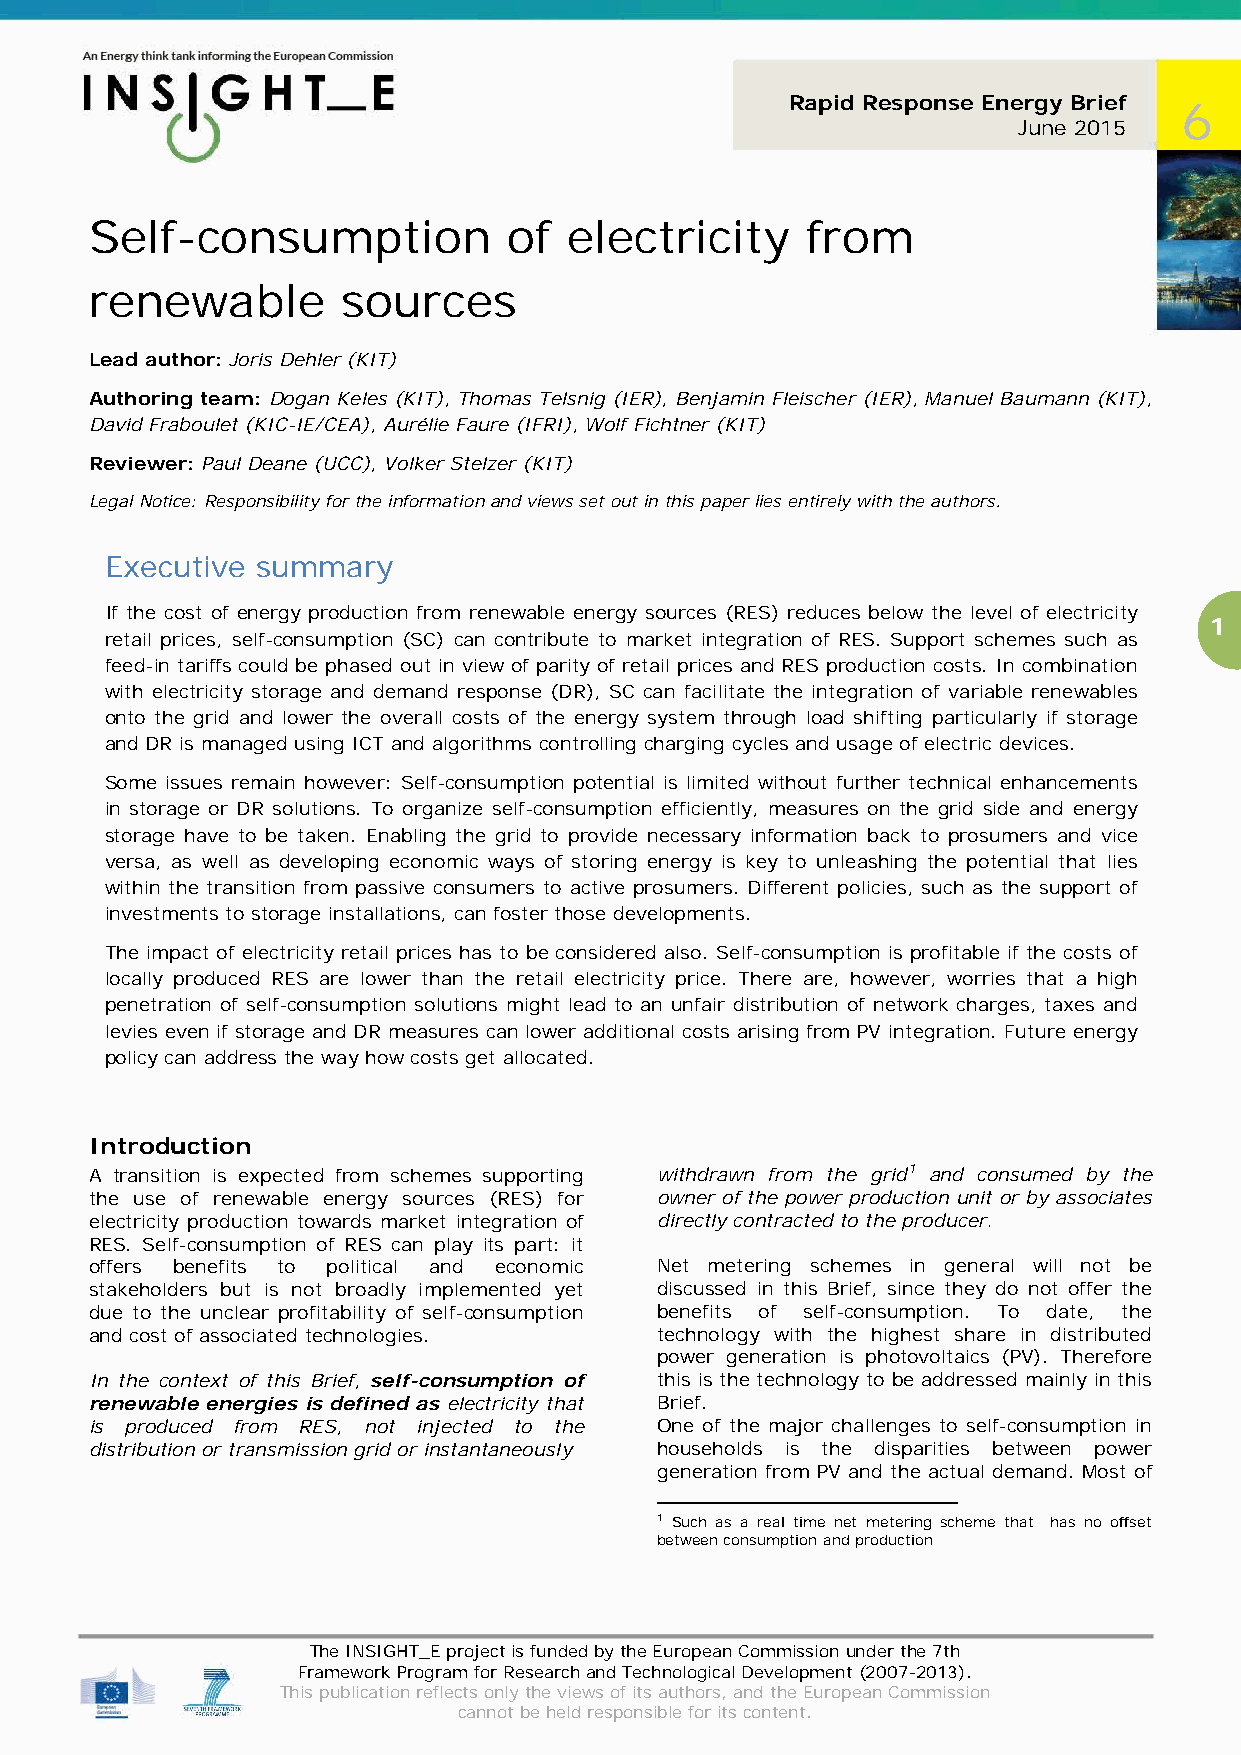
Rapid Response Energy Brief
 6
 June 2015
 Self-consumption            of  electricity    from
 renewable        sources
 Lead author: Joris Dehler (KIT)
 Authoring team: Dogan Keles (KIT), Thomas Telsnig (IER), Benjamin Fleischer (IER), Manuel Baumann (KIT),
 David Fraboulet (KIC-IE/CEA), Aurélie Faure (IFRI), Wolf Fichtner (KIT)
 Reviewer: Paul Deane (UCC), Volker Stelzer (KIT)
 Legal Notice: Responsibility for the information and views set out in this paper lies entirely with the authors.
 Executive summary
 If the cost of energy production from renewable energy sources (RES) reduces below the level of electricity
 1
 retail prices, self-consumption (SC) can contribute to market integration of RES. Support schemes such as
 feed-in tariffs could be phased out in view of parity of retail prices and RES production costs. In combination
 with electricity storage and demand response (DR), SC can facilitate the integration of variable renewables
 onto the grid and lower the overall costs of the energy system through load shifting particularly if storage
 and DR is managed using ICT and algorithms controlling charging cycles and usage of electric devices.
 Some issues remain however: Self-consumption potential is limited without further technical enhancements
 in storage or DR solutions. To organize self-consumption efficiently, measures on the grid side and energy
 storage have to be taken. Enabling the grid to provide necessary information back to prosumers and vice
 versa, as well as developing economic ways of storing energy is key to unleashing the potential that lies
 within the transition from passive consumers to active prosumers. Different policies, such as the support of
 investments to storage installations, can foster those developments.
 The impact of electricity retail prices has to be considered also. Self-consumption is profitable if the costs of
 locally produced RES are lower than the retail electricity price. There are, however, worries that a high
 penetration of self-consumption solutions might lead to an unfair distribution of network charges, taxes and
 levies even if storage and DR measures can lower additional costs arising from PV integration. Future energy
 policy can address the way how costs get allocated.
 Introduction
 A transition is expected from schemes supporting withdrawn from the grid1 and consumed by the
 the use of renewable energy sources (RES) for owner of the power production unit or by associates
 electricity production towards market integration of directly contracted to the producer.
 RES. Self-consumption of RES can play its part: it
 offers benefits to political and economic Net metering schemes in general will not be
 stakeholders but is not broadly implemented yet discussed in this Brief, since they do not offer the
 due to the unclear profitability of self-consumption benefits of self-consumption. To date, the
 and cost of associated technologies. technology with the highest share in distributed
 power generation is photovoltaics (PV). Therefore
 In the context of this Brief, self-consumption of this is the technology to be addressed mainly in this
 renewable energies is defined as electricity that Brief.
 is produced from RES, not injected to the One of the major challenges to self-consumption in
 distribution or transmission grid or instantaneously households is the disparities between power
 generation from PV and the actual demand. Most of
 1 Such as a real time net metering scheme that has no offset
 between consumption and production
 The INSIGHT_E project is funded by the European Commission under the 7th
 Framework Program for Research and Technological Development (2007-2013).
 This publication reflects only the views of its authors, and the European Commission
 cannot be held responsible for its content.